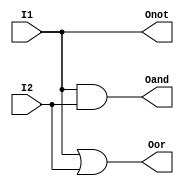
module Simple_Circuit2(I1, I2, Onot, Oand, Oor);
input I1, I2;
output Onot, Oand, Oor;
wire w;

not G0(w, I1);
not G1(Onot, w);
and G2(Oand, I1, I2);
or G3(Oor, I1, I2);
endmodule